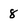
Character: 8